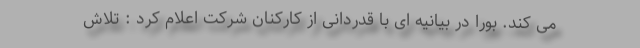
می کند. بورا در بیانیه ای با قدردانی از کارکنان شرکت اعلام کرد : تلاش